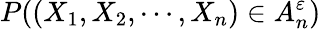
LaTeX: P((X_{1},X_{2},\cdots,X_{n})\in A_{n}^{\varepsilon})